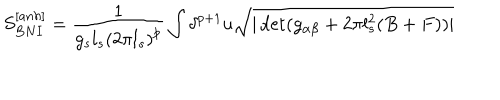
S _ { B N I } ^ { [ a n h ] } = \frac { 1 } { g _ { s } l _ { s } \left( 2 \pi l _ { s } \right) ^ { p } } \int \delta ^ { p + 1 } u \sqrt { | \det ( g _ { \alpha \beta } + 2 \pi l _ { s } ^ { 2 } ( B + F ) ) | }